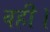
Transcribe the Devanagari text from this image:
वही।